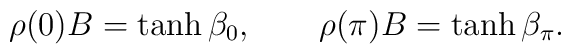
\rho(0)B = \tanh \beta _0, \qquad \rho (\pi )B = \tanh \beta _\pi .